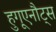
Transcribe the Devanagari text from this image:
हुगूएनौट्स